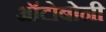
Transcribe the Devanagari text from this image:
ऑटोबोनी